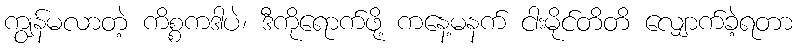
ကျွန်မလာတဲ့ ကိစ္စကဒါပဲ၊ ဒီကိုရောက်ဖို့ ကနေ့မနက် ငါးမိုင်တိတိ လျှောက်ခဲ့ရတာ